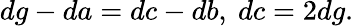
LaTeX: dg-da=dc-db,\ dc=2dg.